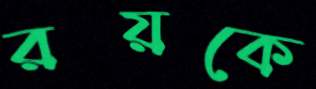
রয়কে